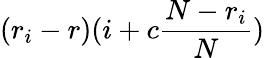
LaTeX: (r_{i}-r)(i+c\frac{N-r_{i}}{N})